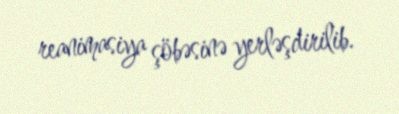
reanimasiya şöbəsinə yerləşdirilib.